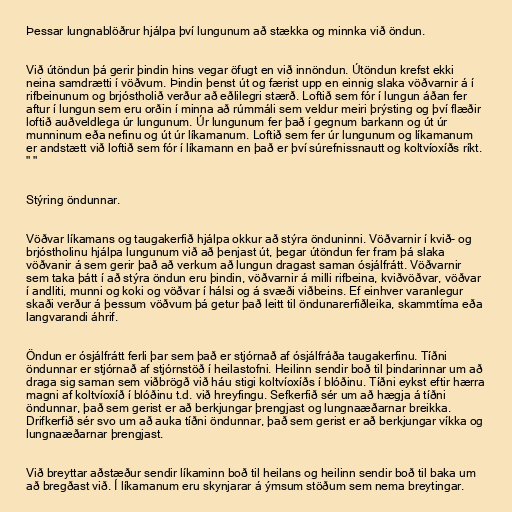
Þessar lungnablöðrur hjálpa því lungunum að stækka og minnka við öndun.

Við útöndun þá gerir þindin hins vegar öfugt en við innöndun. Útöndun krefst ekki
neina samdrætti í vöðvum. Þindin þenst út og færist upp en einnig slaka vöðvarnir á í
rifbeinunum og brjóstholið verður að eðlilegri stærð. Loftið sem fór í lungun áðan fer
aftur í lungun sem eru orðin í minna að rúmmáli sem veldur meiri þrýsting og því flæðir
loftið auðveldlega úr lungunum. Úr lungunum fer það í gegnum barkann og út úr
munninum eða nefinu og út úr líkamanum. Loftið sem fer úr lungunum og líkamanum
er andstætt við loftið sem fór í líkamann en það er því súrefnissnautt og koltvíoxíðs ríkt.
" "

Stýring öndunnar.

Vöðvar líkamans og taugakerfið hjálpa okkur að stýra önduninni. Vöðvarnir í kvið- og
brjóstholinu hjálpa lungunum við að þenjast út, þegar útöndun fer fram þá slaka
vöðvanir á sem gerir það að verkum að lungun dragast saman ósjálfrátt. Vöðvarnir
sem taka þátt í að stýra öndun eru þindin, vöðvarnir á milli rifbeina, kviðvöðvar, vöðvar
í andliti, munni og koki og vöðvar í hálsi og á svæði viðbeins. Ef einhver varanlegur
skaði verður á þessum vöðvum þá getur það leitt til öndunarerfiðleika, skammtíma eða
langvarandi áhrif.

Öndun er ósjálfrátt ferli þar sem það er stjórnað af ósjálfráða taugakerfinu. Tíðni
öndunnar er stjórnað af stjórnstöð í heilastofni. Heilinn sendir boð til þindarinnar um að
draga sig saman sem viðbrögð við háu stigi koltvíoxíðs í blóðinu. Tíðni eykst eftir hærra
magni af koltvíoxíð í blóðinu t.d. við hreyfingu. Sefkerfið sér um að hægja á tíðni
öndunnar, það sem gerist er að berkjungar þrengjast og lungnaæðarnar breikka.
Drifkerfið sér svo um að auka tíðni öndunnar, það sem gerist er að berkjungar víkka og
lungnaæðarnar þrengjast.

Við breyttar aðstæður sendir líkaminn boð til heilans og heilinn sendir boð til baka um
að bregðast við. Í líkamanum eru skynjarar á ýmsum stöðum sem nema breytingar.